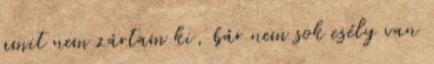
amit nem zártam ki, bár nem sok esély van